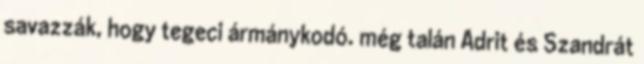
savazzák, hogy tegeci ármánykodó. még talán Adrit és Szandrát